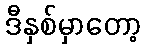
ဒီနှစ်မှာတော့